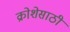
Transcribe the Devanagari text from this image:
क्रोशेसाठी